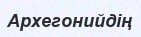
Архегонийдің